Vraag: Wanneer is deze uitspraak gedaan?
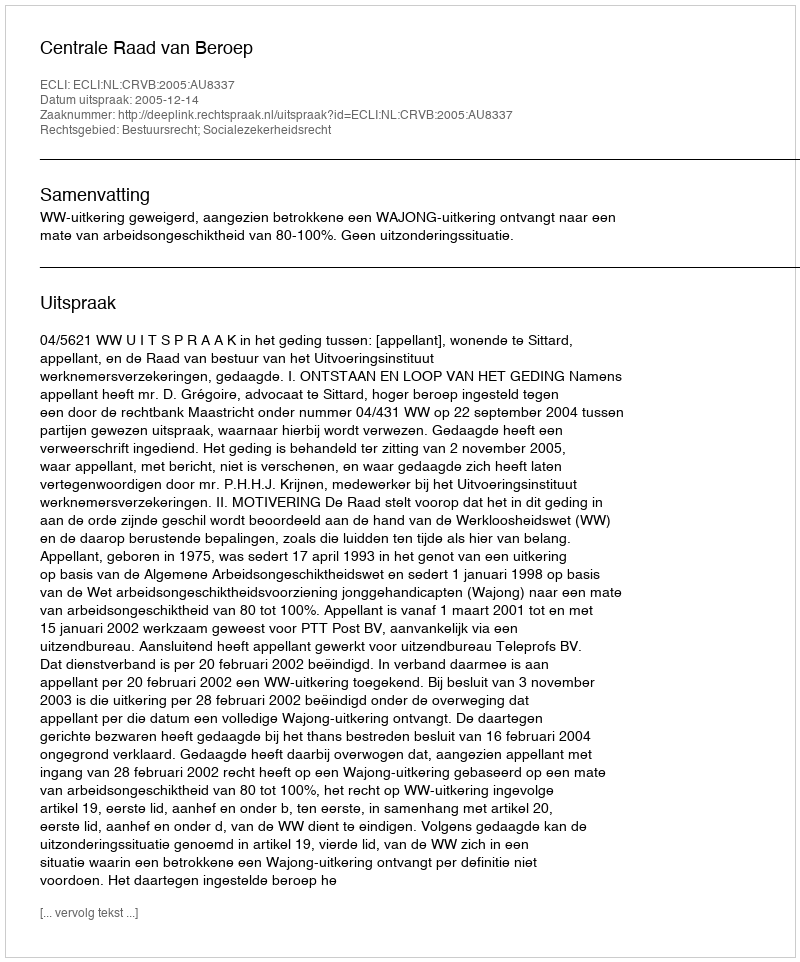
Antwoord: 2005-12-14